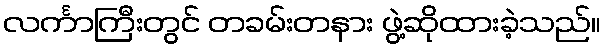
လင်္ကာကြီးတွင် တခမ်းတနား ဖွဲ့ဆိုထားခဲ့သည်။